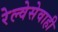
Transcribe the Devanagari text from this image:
रेल्वेसेवाही